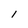
Character: l